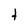
Character: t